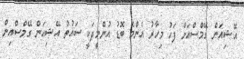
އޭޝިއަން ގޭމްސްއަށް ފަހު މިހާރު އެންމެ ބޮޑު އުންމީދަކީ ސައުތު އޭޝިއަން ގޭމްސްއިން